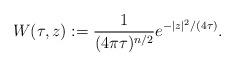
LaTeX: \begin{align*}W(\tau,z):= \frac1{(4\pi\tau)^{n/2}}e^{-|z|^2/(4\tau)}.\end{align*}